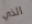
الذي